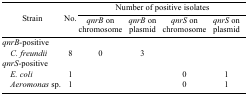
<table><thead><tr><td rowspan="3"><b>Strain</b></td><td rowspan="3"><b>No.</b></td><td colspan="4"><b>Number of positive isolates</b></td></tr><tr><td><b><i>qnrB</i> on chromosome</b></td><td><b><i>qnrB</i> on plasmid</b></td><td><b><i>qnrS</i> on chromosome</b></td><td><b><i>qnrS</i> on plasmid</b></td></tr></thead><tbody><tr><td colspan="6"><i>qnrB</i>-positive</td></tr><tr><td> <i>C. freundii</i></td><td>8</td><td>0</td><td>3</td><td></td><td></td></tr><tr><td colspan="6"><i>qnrS</i>-positive</td></tr><tr><td> <i>E. coli</i></td><td>1</td><td></td><td></td><td>0</td><td>1</td></tr><tr><td> <i>Aeromonas</i> sp.</td><td>1</td><td></td><td></td><td>0</td><td>1</td></tr></tbody></table>